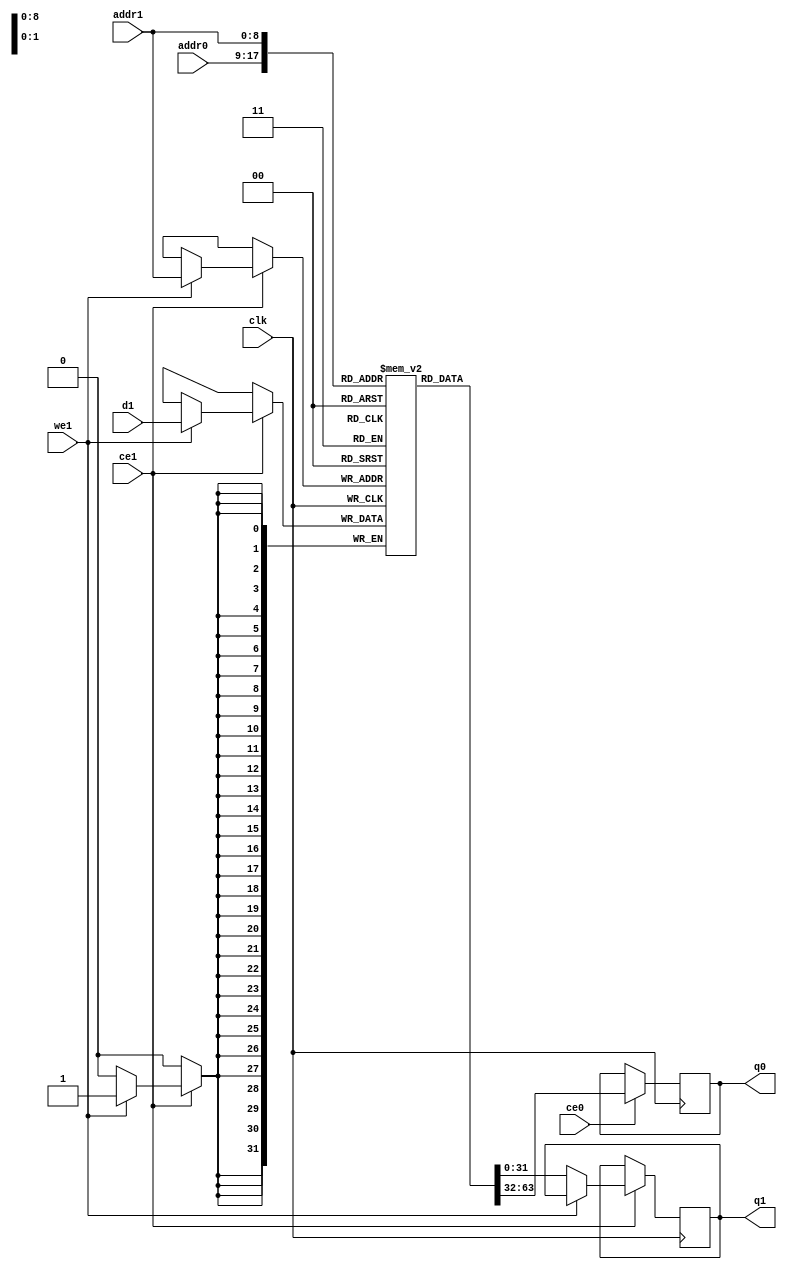
`timescale 1ns / 1ps


module Block_RAM (
addr0,
ce0,
q0,
addr1,
ce1,
d1,
q1,
we1,
clk
);

parameter DWIDTH = 32;
parameter AWIDTH = 9;
parameter MEM_SIZE = 512;

input[AWIDTH-1:0] addr0;
input ce0;
output reg[DWIDTH-1:0] q0;
input[AWIDTH-1:0] addr1;
input ce1;
input[DWIDTH-1:0] d1;
output reg[DWIDTH-1:0] q1;
input we1;
input clk;

(* ram_style = "block" *)reg [DWIDTH-1:0] ram[0:MEM_SIZE-1];




always @(posedge clk)  
begin 
    if (ce0) 
    begin
        q0 <= ram[addr0];
    end
end


always @(posedge clk)  
begin 
    if (ce1) 
    begin
        if (we1) 
        begin 
            ram[addr1] <= d1; 
        end
        else
        begin
            q1 <= ram[addr1];
        end
    end
end

endmodule